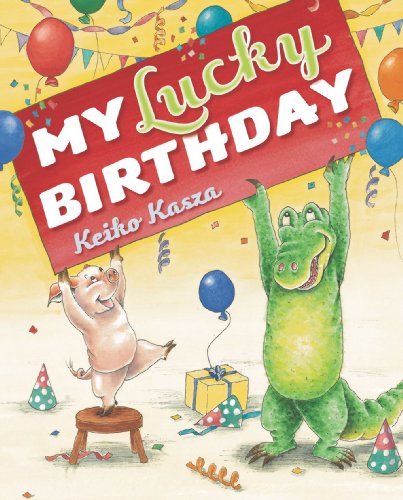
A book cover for My Lucky Birthday; Keiko Kasza; Children's Books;